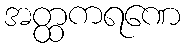
အတ္ထကရဏေ